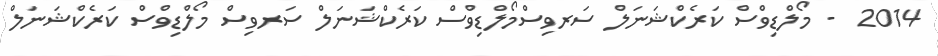
2014  - މޯލްޑިވްސް ކަރެކްޝަނަލް ސަރވިސްމޯލްޑިވްސް ކަރެކްޝަނަލް ސަރވިސް މޯލްޑިވްސް ކަރެކްޝަނަލް